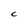
Character: C